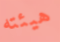
هيئته